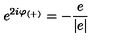
e ^ { 2 i \varphi _ { ( + ) } } = - \frac { e } { | e | }